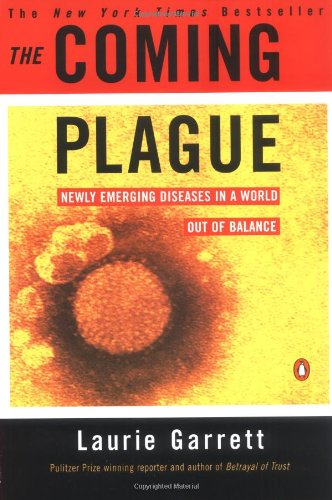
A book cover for The Coming Plague: Newly Emerging Diseases in a World Out of Balance; Laurie Garrett; Literature & Fiction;